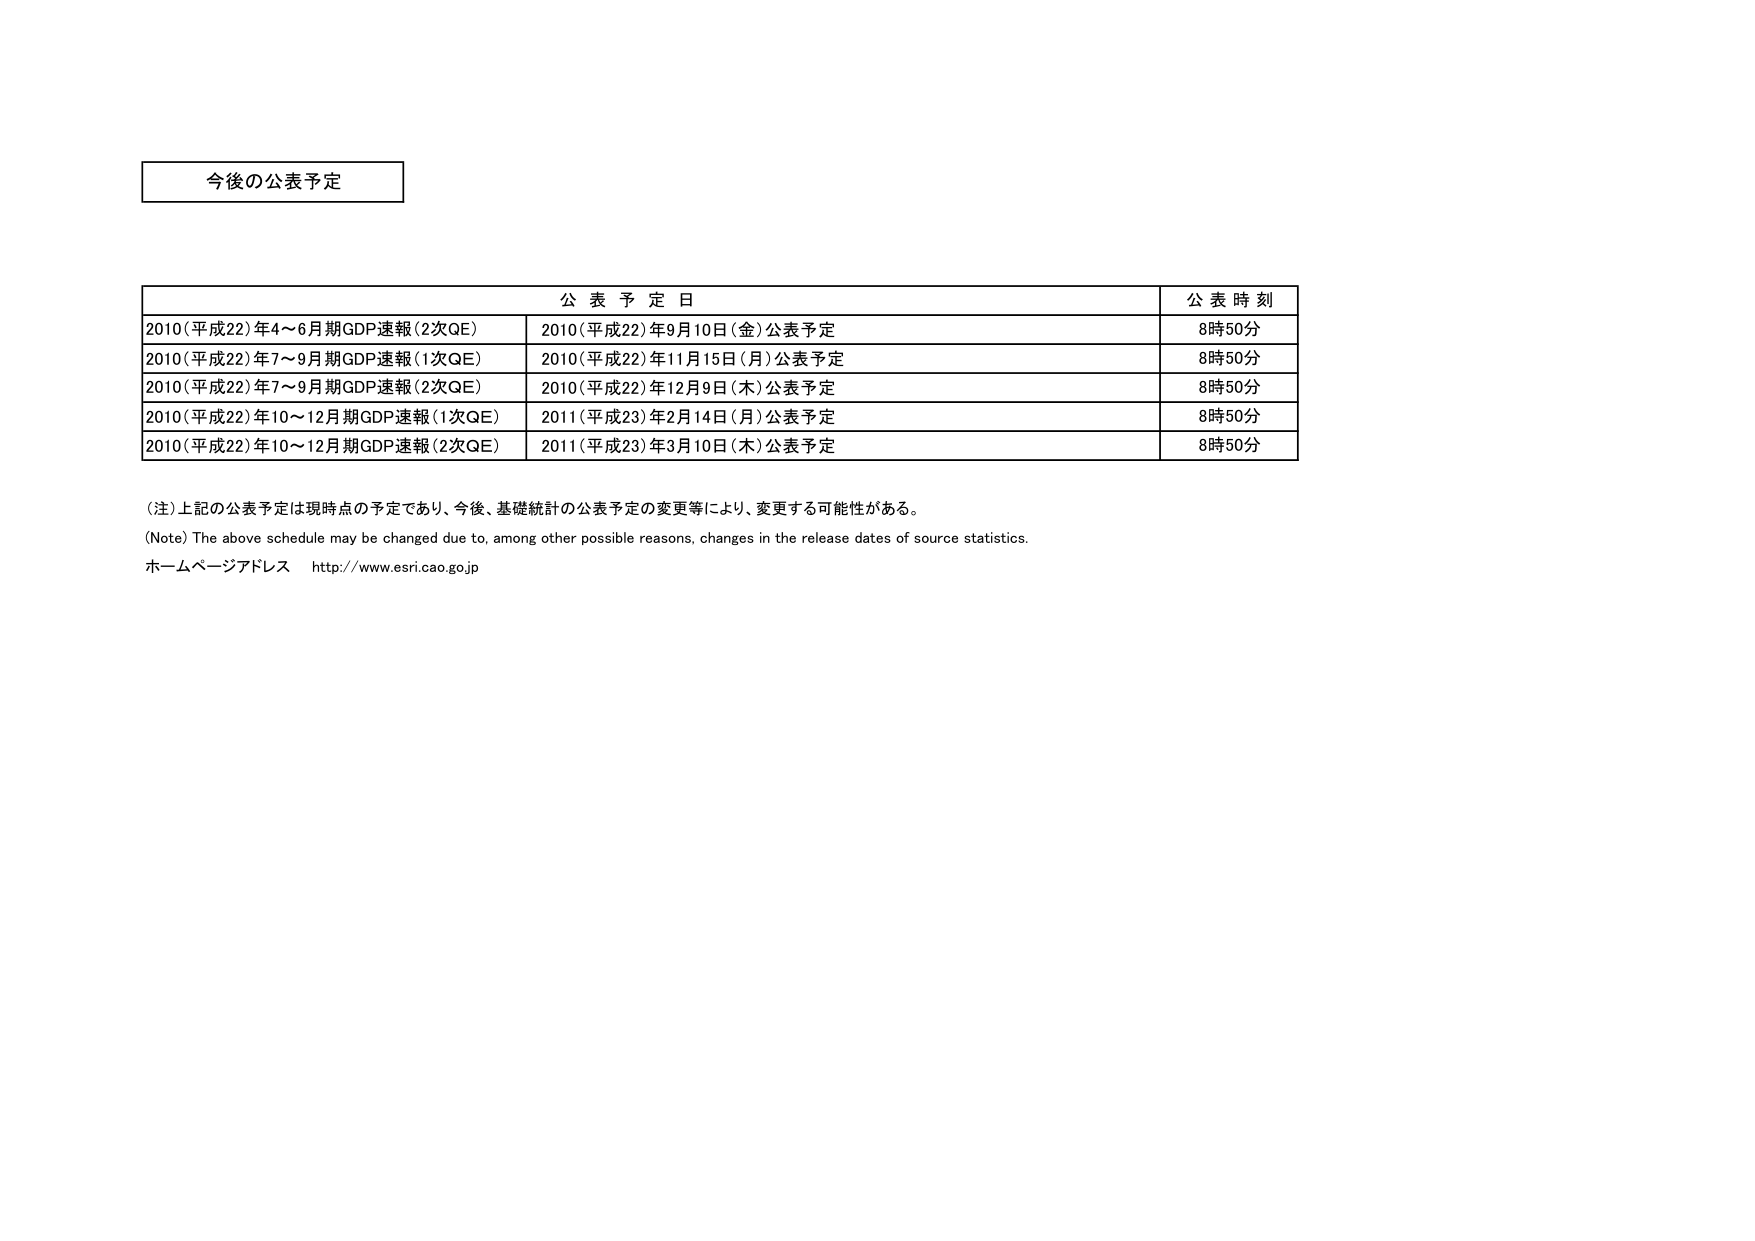
今後の公表予定

公表予定日 公表時刻
2010（平成22）年4～6月期GDP速報（2次QE） 2010（平成22）年9月10日（金）公表予定 8時50分
2010（平成22）年7～9月期GDP速報（1次QE） 2010（平成22）年11月15日（月）公表予定 8時50分
2010（平成22）年7～9月期GDP速報（2次QE） 2010（平成22）年12月9日（木）公表予定 8時50分
2010（平成22）年10～12月期GDP速報（1次QE） 2011（平成23）年2月14日（月）公表予定 8時50分
2010（平成22）年10～12月期GDP速報（2次QE） 2011（平成23）年3月10日（木）公表予定 8時50分

（注）上記の公表予定は現時点の予定であり、今後、基礎統計の公表予定の変更等により、変更する可能性がある。
(Note) The above schedule may be changed due to, among other possible reasons, changes in the release dates of source statistics.
ホームページアドレス http://www.esri.cao.go.jp